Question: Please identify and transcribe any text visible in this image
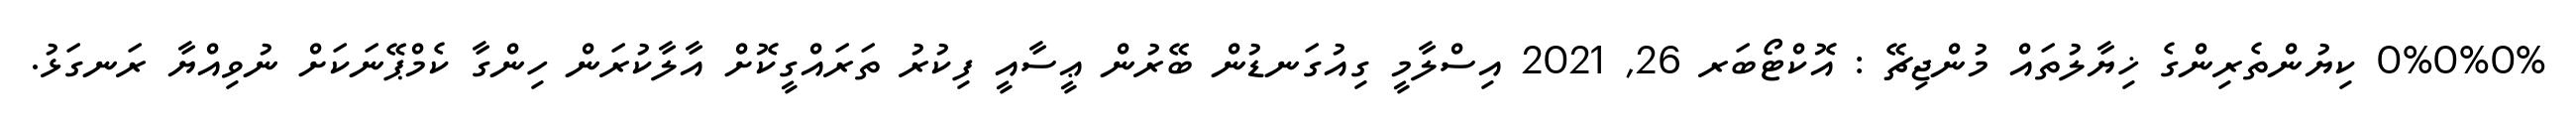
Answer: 0%0%0% ކިޔުންތެރިންގެ ޚިޔާލުތައް މުންޖިޗޭ : އޮކްޓޯބަރ 26, 2021 އިސްލާމީ ގިއުގަނޑުން ބޭރުން ޢީސާއީ ފިކުރު ތަރައްގީކޮށް އާލާކުރަން ހިންގާ ކެމްޕޭނަކަށް ނުވިއްޔާ ރަނގަޅު.